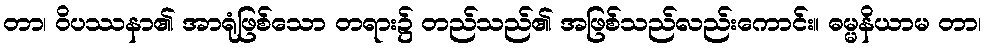
တာ၊ ဝိပဿနာ၏ အာရုံဖြစ်သော တရား၌ တည်သည်၏ အဖြစ်သည်လည်းကောင်း။ ဓမ္မနိယာမ တာ၊